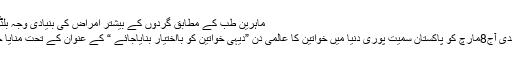
ماہرین طب کے مطابق گردوں کے بیشتر امراض کی بنیادی وجہ بلڈ پریشر ...
منصور مہدی آج8مارچ کو پاکستان سمیت پوری دنیا میں خواتین کا عالمی دن ”دیہی خواتین کو بااختیار بنایاجائے “ کے عنوان کے تحت منایا جا رہا ہے۔